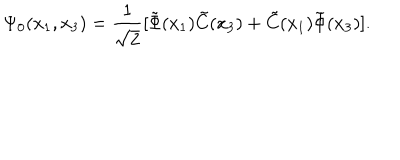
LaTeX: \Psi _ { 0 } ( x _ { 1 } , x _ { 3 } ) = \frac { 1 } { \sqrt { 2 } } [ \tilde { \Phi } ( x _ { 1 } ) \tilde { C } ( x _ { 3 } ) + \tilde { C } ( x _ { 1 } ) \tilde { \Phi } ( x _ { 3 } ) ] .